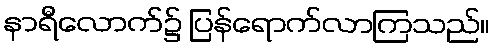
နာရီလောက်၌ ပြန်ရောက်လာကြသည်။